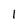
Character: 1